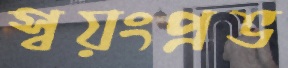
স্বয়ংপ্রভ